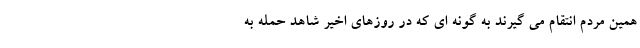
همین مردم انتقام می گیرند به گونه ای که در روزهای اخیر شاهد حمله به